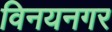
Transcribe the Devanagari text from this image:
विनयनगर